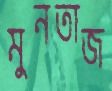
মুনতাজ